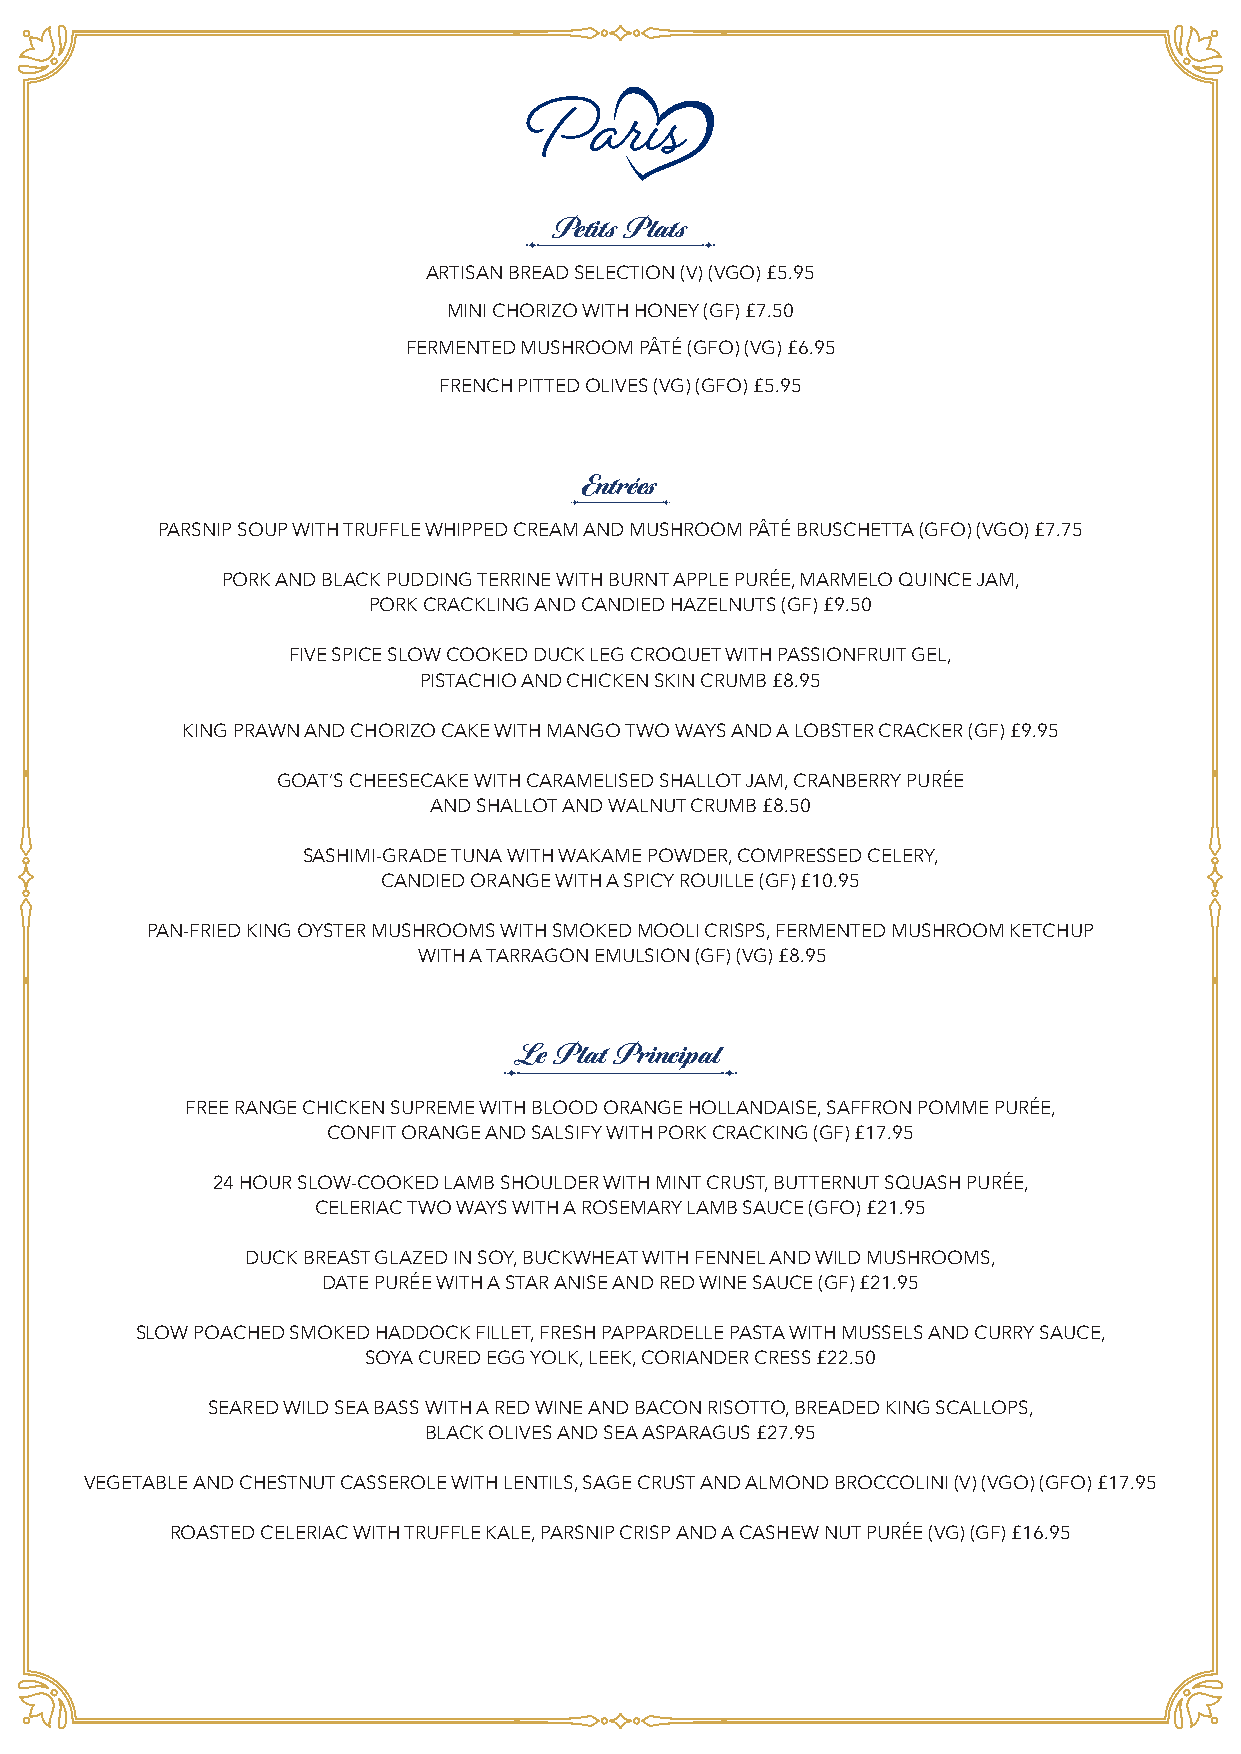
Petits Plats
 ARTISAN BREAD SELECTION (V) (VGO) £5.95
 MINI CHORIZO WITH HONEY (GF) £7.50
 FERMENTED MUSHROOM PÂTÉ (GFO) (VG) £6.95
 FRENCH PITTED OLIVES (VG) (GFO) £5.95
 Entrées
 PARSNIP SOUP WITH TRUFFLE WHIPPED CREAM AND MUSHROOM PÂTÉ BRUSCHETTA (GFO) (VGO) £7.75
 PORK AND BLACK PUDDING TERRINE WITH BURNT APPLE PURÉE, MARMELO QUINCE JAM,
 PORK CRACKLING AND CANDIED HAZELNUTS (GF) £9.50
 FIVE SPICE SLOW COOKED DUCK LEG CROQUET WITH PASSIONFRUIT GEL,
 PISTACHIO AND CHICKEN SKIN CRUMB £8.95
 KING PRAWN AND CHORIZO CAKE WITH MANGO TWO WAYS AND A LOBSTER CRACKER (GF) £9.95
 GOAT’S CHEESECAKE WITH CARAMELISED SHALLOT JAM, CRANBERRY PURÉE
 AND SHALLOT AND WALNUT CRUMB £8.50
 SASHIMI-GRADE TUNA WITH WAKAME POWDER, COMPRESSED CELERY,
 CANDIED ORANGE WITH A SPICY ROUILLE (GF) £10.95
 PAN-FRIED KING OYSTER MUSHROOMS WITH SMOKED MOOLI CRISPS, FERMENTED MUSHROOM KETCHUP
 WITH A TARRAGON EMULSION (GF) (VG) £8.95
 Le Plat Principal
 FREE RANGE CHICKEN SUPREME WITH BLOOD ORANGE HOLLANDAISE, SAFFRON POMME PURÉE,
 CONFIT ORANGE AND SALSIFY WITH PORK CRACKING (GF) £17.95
 24 HOUR SLOW-COOKED LAMB SHOULDER WITH MINT CRUST, BUTTERNUT SQUASH PURÉE,
 CELERIAC TWO WAYS WITH A ROSEMARY LAMB SAUCE (GFO) £21.95
 DUCK BREAST GLAZED IN SOY, BUCKWHEAT WITH FENNEL AND WILD MUSHROOMS,
 DATE PURÉE WITH A STAR ANISE AND RED WINE SAUCE (GF) £21.95
 SLOW POACHED SMOKED HADDOCK FILLET, FRESH PAPPARDELLE PASTA WITH MUSSELS AND CURRY SAUCE,
 SOYA CURED EGG YOLK, LEEK, CORIANDER CRESS £22.50
 SEARED WILD SEA BASS WITH A RED WINE AND BACON RISOTTO, BREADED KING SCALLOPS,
 BLACK OLIVES AND SEA ASPARAGUS £27.95
 VEGETABLE AND CHESTNUT CASSEROLE WITH LENTILS, SAGE CRUST AND ALMOND BROCCOLINI (V) (VGO) (GFO) £17.95
 ROASTED CELERIAC WITH TRUFFLE KALE, PARSNIP CRISP AND A CASHEW NUT PURÉE (VG) (GF) £16.95